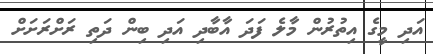
އަދި މީގެ އިތުރުން މާލެ ފަދަ އާބާދި އަދި ބިން ދަތި ރަށްރަށަށް